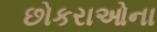
છોકરાઓના